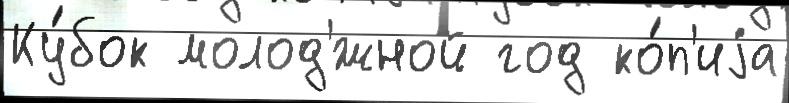
Ку́бок молод'́жной год ко́п'иjа